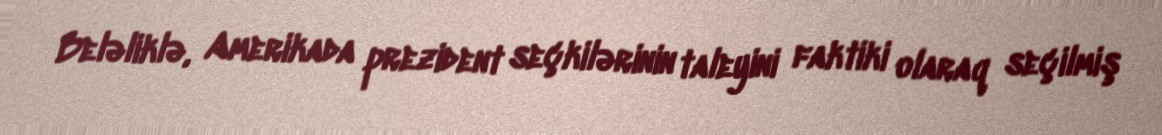
Beləliklə, Amerikada prezident seçkilərinin taleyini faktiki olaraq seçilmiş